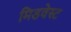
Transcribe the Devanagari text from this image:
मिडवेस्‍ट